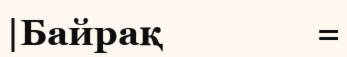
|Байрақ                 =